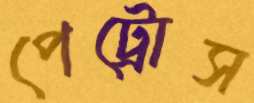
পেট্রোস